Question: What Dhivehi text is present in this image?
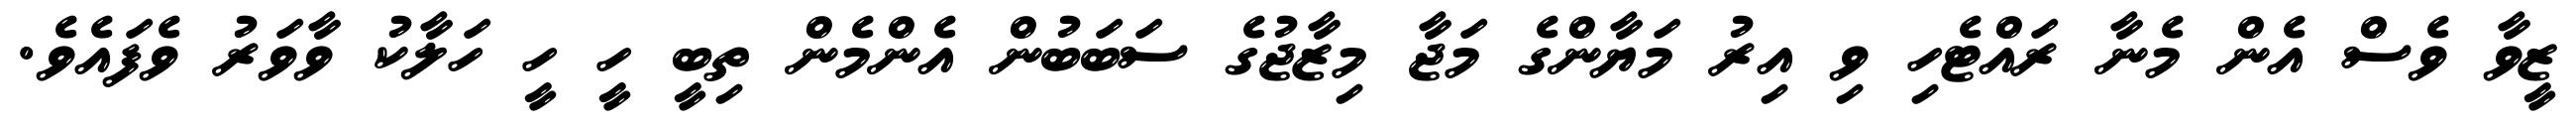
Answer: ޒީވާ ވެސް އެން މެނާ ރައްޓެހި ވި އިރު މަޔާންގެ މަޖާ މިޒާޖުގެ ސަބަބުން އެންމެން ތިބީ ހީ ހީ ހަލާކު ވާވަރު ވެފައެވެ.